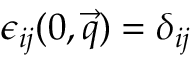
\epsilon _ { i j } ( 0 , \vec { q } ) = \delta _ { i j }